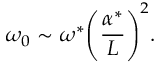
{ \omega } _ { 0 } \sim { \omega } ^ { * } { \left( \frac { { \alpha } ^ { * } } { L } \right) } ^ { 2 } .